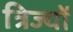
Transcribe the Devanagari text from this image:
त्रिज्यों